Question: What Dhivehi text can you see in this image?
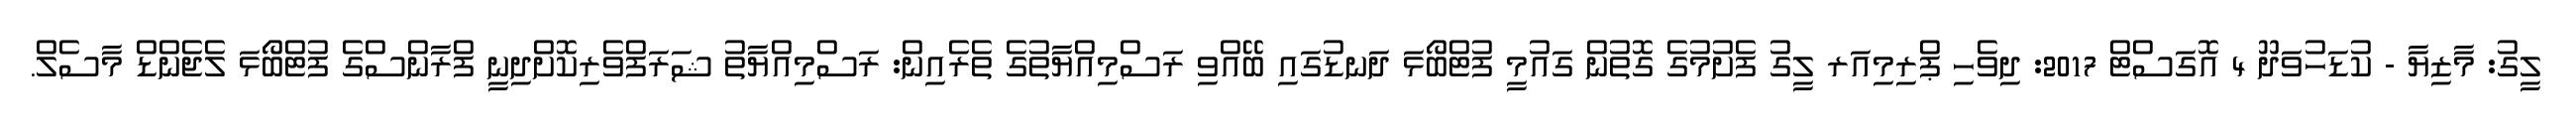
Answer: ލީގު: މާޒިޔާ - ކުޑަހުވަދޫ 4 އޮގަސްޓް 2017: ދިވެހި ޕްރިމިއަރ ލީގު ފެށުމުގެ ގޮތުން ގައުމީ ފުޓްބޯޅަ ދަނޑުގައި ބޭއްވި ރަސްމިއްޔާތުގެ ތެރެއިން: ރަސްމިއްޔާތު ޝަރަފްވެރިކޮށްދިނީ ފްރާންސްގެ ފުޓްބޯޅަ ލެޖެންޑް މާސެލް.